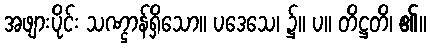
အဖျားပိုင်း သဏ္ဌာန်ရှိသော။ ပဒေသေ၊ ၌။ ပ။ တိဋ္ဌတိ၊ ၏။